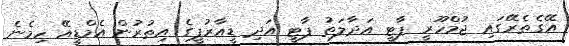
އޭގެތެރޭގައި ޖުމްހޫރީ ޕާޓީ އަދާލަތު ޕާޓީ އަދި ޑީއާރުޕީގެ އިތުރުން އެމްޑީއޭ ހިމެނެ